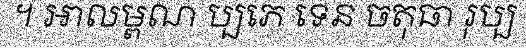
។ អាលម្ពណ ប្បភេ ទេន ចតុធា រុប្ប